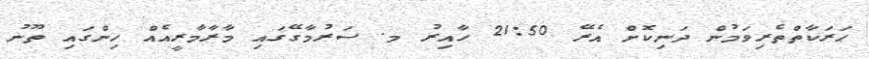
ޙަރަކާތްތެރިވަމުން ދަނިކޮށް އެރޭ 21:50 ހާއިރު މ. ސަރުމާގޭގައި މާރާމާރީއެއް ހިންގައި ތޫނު